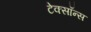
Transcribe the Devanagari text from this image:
टेक्सॉन्स